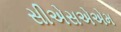
સીએસએએમ